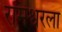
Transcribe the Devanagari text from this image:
रामेश्वरला